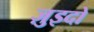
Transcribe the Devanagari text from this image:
ज़ुइदो